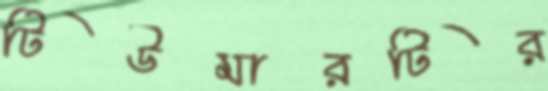
টিউমারটির